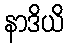
နာဒိယိ